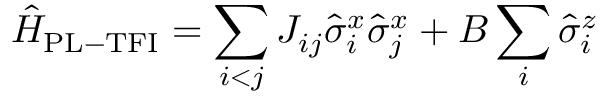
\hat { H } _ { \mathrm { { P L - T F I } } } = \sum _ { i < j } J _ { i j } \hat { \sigma } _ { i } ^ { x } \hat { \sigma } _ { j } ^ { x } + B \sum _ { i } \hat { \sigma } _ { i } ^ { z }